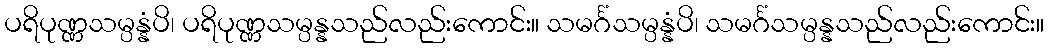
ပရိပုဏ္ဏသမ္ပန္နံပိ၊ ပရိပုဏ္ဏသမ္ပန္နသည်လည်းကောင်း။ သမင်္ဂံသမ္ပန္နံပိ၊ သမင်္ဂံသမ္ပန္နသည်လည်းကောင်း။